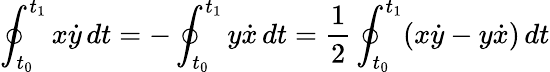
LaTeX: \oint_{t_{0}}^{t_{1}}x{\dot{y}}\, dt=-\oint_{t_{0}}^{t_{1}}y{\dot{x}}\, dt={\frac{1}{2}}\oint_{t_{0}}^{t_{1}}(x{\dot{y}}-y{\dot{x}})\, dt